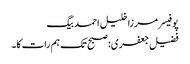
پوفیسر مرزا خلیل احمد بیگ
فضیل جعفری: صبح تک ہم رات کا۔